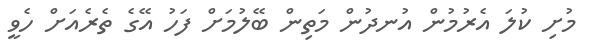
މުށި ކުލަ އެރުމުން އުނދުން މަތިން ބޭލުމަށް ފަހު އޭގެ ތެރެއަށް ހެވީ